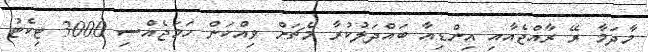
މާދަމާ ރޭ ރާއްޖެއާއި އިންޑިއާ ބައްދަލުކުރާ މެޗަށް ވިއްކަން ހަމަޖެއްސި 3000 ޓިކެޓު